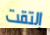
إلتقت